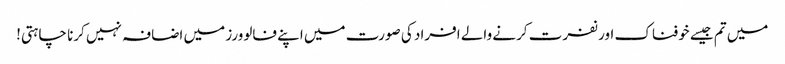
میں تم جیسے خوفناک اور نفرت کرنے والے افراد کی صورت میں اپنے فالوورز میں اضافہ نہیں کرنا چاہتی!